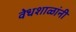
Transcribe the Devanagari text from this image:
वेधशाळांनी